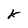
Character: k